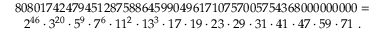
\begin{array} { c } { 8 0 8 0 1 7 4 2 4 7 9 4 5 1 2 8 7 5 8 8 6 4 5 9 9 0 4 9 6 1 7 1 0 7 5 7 0 0 5 7 5 4 3 6 8 0 0 0 0 0 0 0 0 0 = } \\ { 2 ^ { 4 6 } \cdot 3 ^ { 2 0 } \cdot 5 ^ { 9 } \cdot 7 ^ { 6 } \cdot 1 1 ^ { 2 } \cdot 1 3 ^ { 3 } \cdot 1 7 \cdot 1 9 \cdot 2 3 \cdot 2 9 \cdot 3 1 \cdot 4 1 \cdot 4 7 \cdot 5 9 \cdot 7 1 \ . } \end{array}